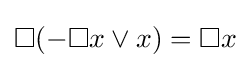
\Box (-\Box x\lor x)=\Box x